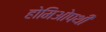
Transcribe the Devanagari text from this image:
होमिओपथी